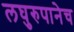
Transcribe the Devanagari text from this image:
लघुरुपानेच